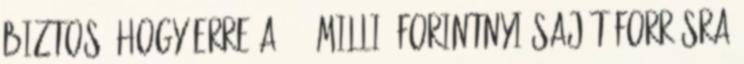
biztos, hogy erre a 8.5 millió forintnyi saját forrásra